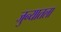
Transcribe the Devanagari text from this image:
जुन्यातला